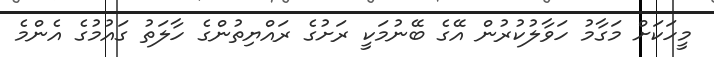
މީހަކަށް މަގާމު ހަވާލުކުރުން އޭގެ ބޭނުމަކީ ރަށުގެ ރައްޔިތުންގެ ހާލަތު ގައުމުގެ އެންމެ